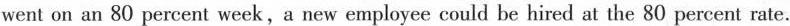
went on an 80 percent week,a new employee could be hired at the 80 percent rate.